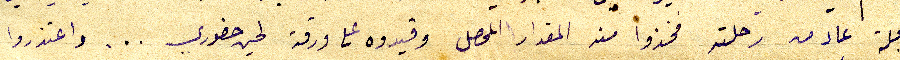
المجلة عاد من رحلته فخذوا من المقدار المحصل وقيدوه على ورقة لحين حضوري ... واعتذروا